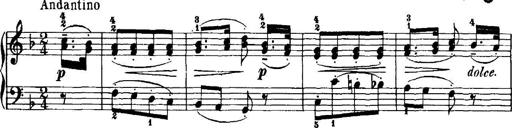
Title: 7 Sonatinas
Composer: Anton Diabelli